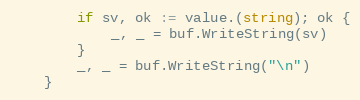
Language: Go
		if sv, ok := value.(string); ok {
			_, _ = buf.WriteString(sv)
		}
		_, _ = buf.WriteString("\n")
	}